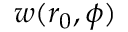
w ( r _ { 0 } , \phi )